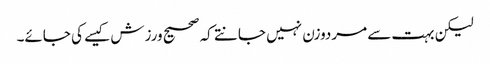
لیکن بہت سے مردوزن نہیں جانتے کہ صحیح ورزش کیسے کی جائے۔